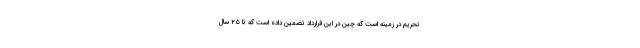
تحریم در زمینه است که چین در این قرارداد تضمین داده است که تا ۲۵ سال